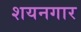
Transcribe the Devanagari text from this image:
शयनगार